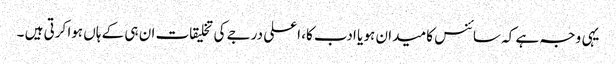
یہی وجہ ہے کہ سائنس کا میدان ہو یا ادب کا، اعلی درجے کی تخلیقات ان ہی کے ہاں ہوا کرتی ہیں ۔